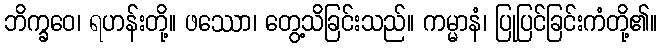
ဘိက္ခဝေ၊ ရဟန်းတို့။ ဖဿော၊ တွေ့သိခြင်းသည်။ ကမ္မာနံ၊ ပြုပြင်ခြင်းကံတို့၏။